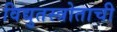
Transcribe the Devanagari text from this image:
विद्युतस्त्रोताची